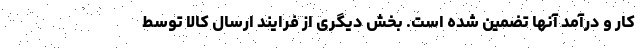
کار و درآمد آنها تضمین شده است. بخش دیگری از فرایند ارسال کالا توسط